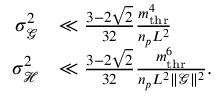
\begin{array} { r l } { \sigma _ { \mathcal { G } } ^ { 2 } } & { \ll \frac { 3 - 2 \sqrt { 2 } } { 3 2 } \frac { m _ { \mathrm { t h r } } ^ { 4 } } { n _ { p } L ^ { 2 } } } \\ { \sigma _ { \mathcal { H } } ^ { 2 } } & { \ll \frac { 3 - 2 \sqrt { 2 } } { 3 2 } \frac { m _ { \mathrm { t h r } } ^ { 6 } } { n _ { p } L ^ { 2 } \lVert \boldsymbol { \mathcal { G } } \rVert ^ { 2 } } . } \end{array}